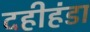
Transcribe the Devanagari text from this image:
दहीहंडा